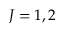
J = 1 , 2